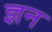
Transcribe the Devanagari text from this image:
ज्ञन